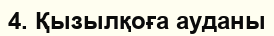
4. Қызылқоға ауданы